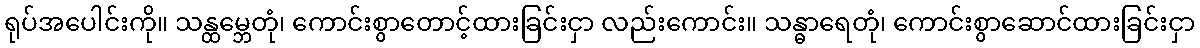
ရုပ်အပေါင်းကို။ သန္ထမ္ဘေတုံ၊ ကောင်းစွာတောင့်ထားခြင်းငှာ လည်းကောင်း။ သန္ဓာရေတုံ၊ ကောင်းစွာဆောင်ထားခြင်းငှာ